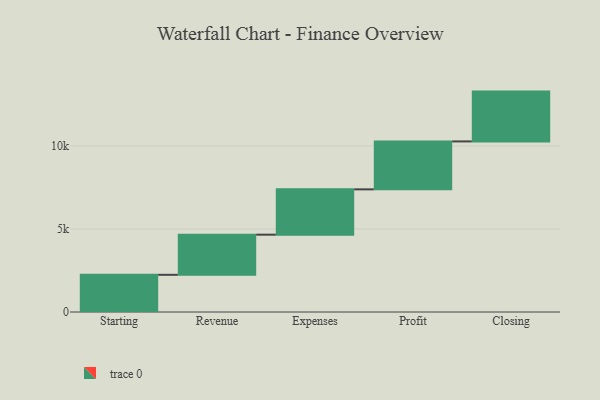
{"axis": {"x": "Step", "y": "Value"}, "legend": [""], "data": [{"x": "Starting", "y": 2240.0, "type": ""}, {"x": "Revenue", "y": 2417.0, "type": ""}, {"x": "Expenses", "y": 2730.0, "type": ""}, {"x": "Profit", "y": 2887.0, "type": ""}, {"x": "Closing", "y": 3000, "type": ""}]}